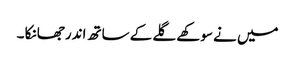
میں نے سوکھے گلے کے ساتھ اندر جھانکا ۔